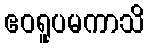
ဧဝရူပမကာသိ